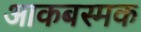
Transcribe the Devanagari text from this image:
आकबस्मक